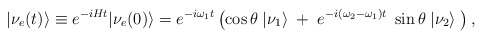
\begin{align*}|\nu_{e}(t)\rangle \equiv e^{-i H t} |\nu_{e}(0)\rangle= e^{-i \omega_{1} t} \left(\cos\theta\;|\nu_{1}\rangle \;+\;e^{-i (\omega_{2}-\omega_{1}) t}\; \sin\theta\; |\nu_{2}\rangle \;\right),\end{align*}